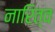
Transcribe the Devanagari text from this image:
नारित्व